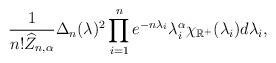
LaTeX: \begin{align*} \frac{1}{n! \widehat Z_{n,\alpha}} \Delta_n(\lambda)^2 \prod^n_{i=1}e^{-n \lambda_i} \lambda_i^\alpha \chi_{\mathbb{R}^+}(\lambda_i) d\lambda_i,\end{align*}